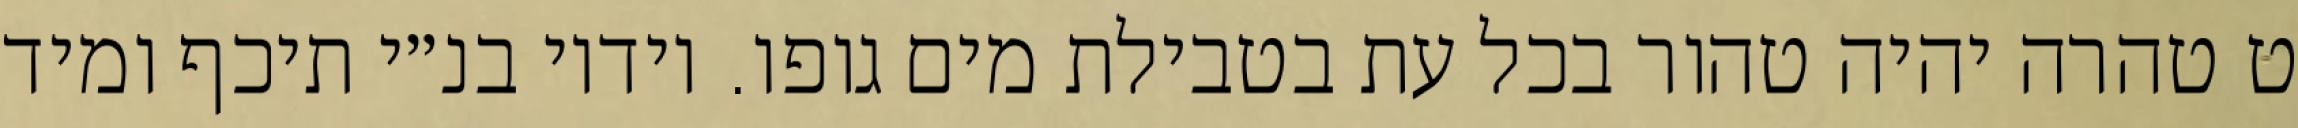
ט טהרה יהיה טהור בכל עת בטבילת מים גופו. וידיו בנ״י תיכף ומיד